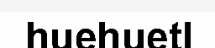
huehuetl